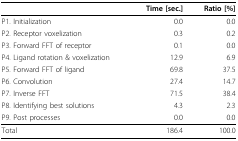
|  | Time [sec.] | Ratio [%] |
 | --- | --- | --- |
 | P1. Initialization | 0.0 | 0.0 |
 | P2. Receptor voxelization | 0.3 | 0.2 |
 | P3. Forward FFT of receptor | 0.1 | 0.0 |
 | P4. Ligand rotation & voxelization | 12.9 | 6.9 |
 | P5. Forward FFT of ligand | 69.8 | 37.5 |
 | P6. Convolution | 27.4 | 14.7 |
 | P7. Inverse FFT | 71.5 | 38.4 |
 | P8. Identifying best solutions | 4.3 | 2.3 |
 | P9. Post processes | 0.0 | 0.0 |
 | Total | 186.4 | 100.0 |